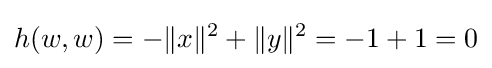
h(w,w)=-\lVert x\rVert ^{2}+\lVert y\rVert ^{2}=-1+1=0